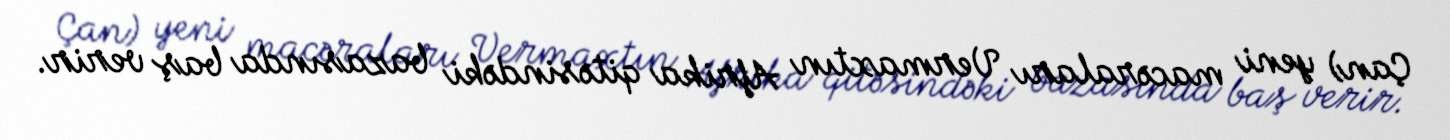
Çan) yeni macəraları Vermaxtın Afrika qitəsindəki bazasında baş verir.